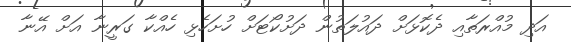
އަދި މުއްރަތާއި ދެކޮޅަށް ދައުލަތުން ދަށުކޯޓަށް ހުށަހެޅި ހެއްކާ ގަރީނާ އަށް އޭނާ